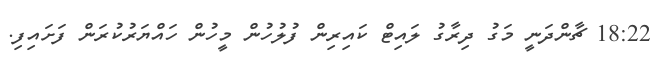
18:22 ޗާންދަނީ މަގު ދިރާގު ލައިޓް ކައިރިން ފުލުހުން މީހުން ހައްޔަރުކުރަން ފަށައިފި.